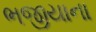
ભજીયાના